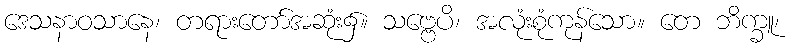
ဒေသနာဝသာနေ၊ တရားတော်အဆုံး၌။ သဗ္ဗေပိ၊ အလုံးစုံကုန်သော။ တေ ဘိက္ခူ၊